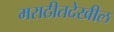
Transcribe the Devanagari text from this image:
मराठीतदेखील